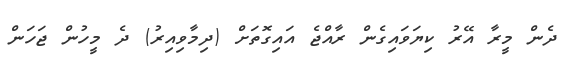
ދެން މީރާ އޭރު ކިޔަވައިގެން ރާއްޖެ އައިގޮތަށް (ދިމާވިއިރު) ދެ މީހުން ޖަހަން